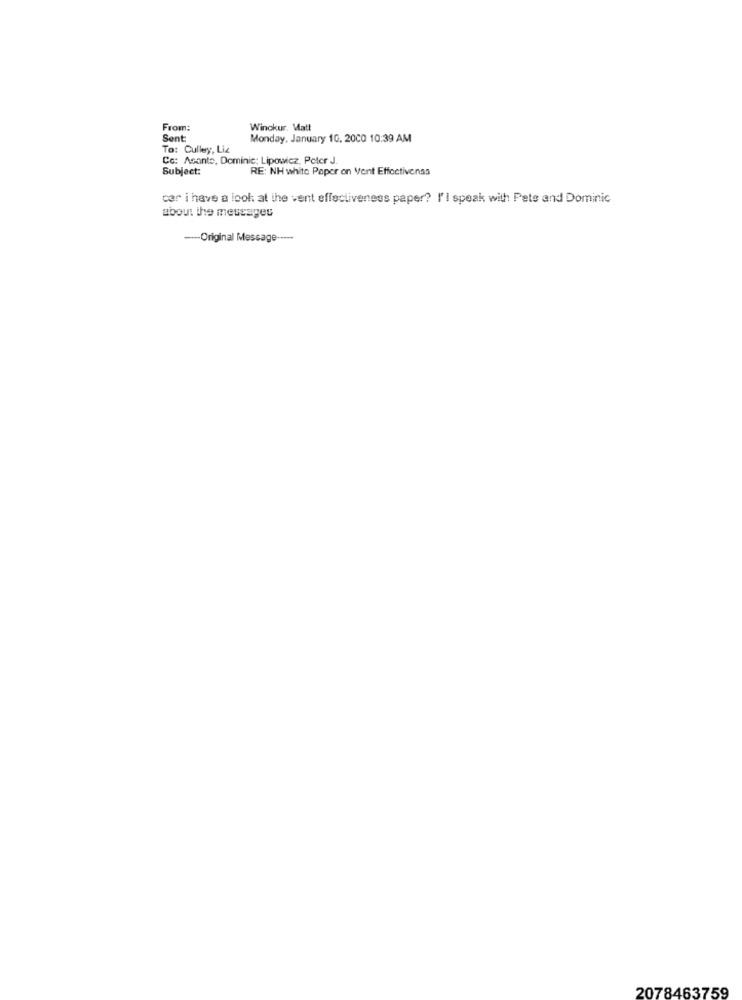
From:
Winokur. Watt
Sent
Monday, January 10. 2000 10:39 AM
To: Cullery, Liz
Co: Asanto, Dominic: Lipowicz, Peter J.
Subject:
RE: NH white Paper on Vent Effectivenss
car i have a look at the vent effectiveness paper? l'I speak with Pete and Dominic
about the messages
--- Original Message -----
2078463759